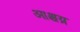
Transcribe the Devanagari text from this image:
आश्चय्र